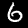
Digit: 6